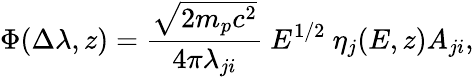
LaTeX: \Phi(\Delta\lambda,z)=\frac{\sqrt{2m_{p}c^{2}}}{4\pi\lambda_{ji}}~E^{1/2}~\eta_{j}(E,z)A_{ji},